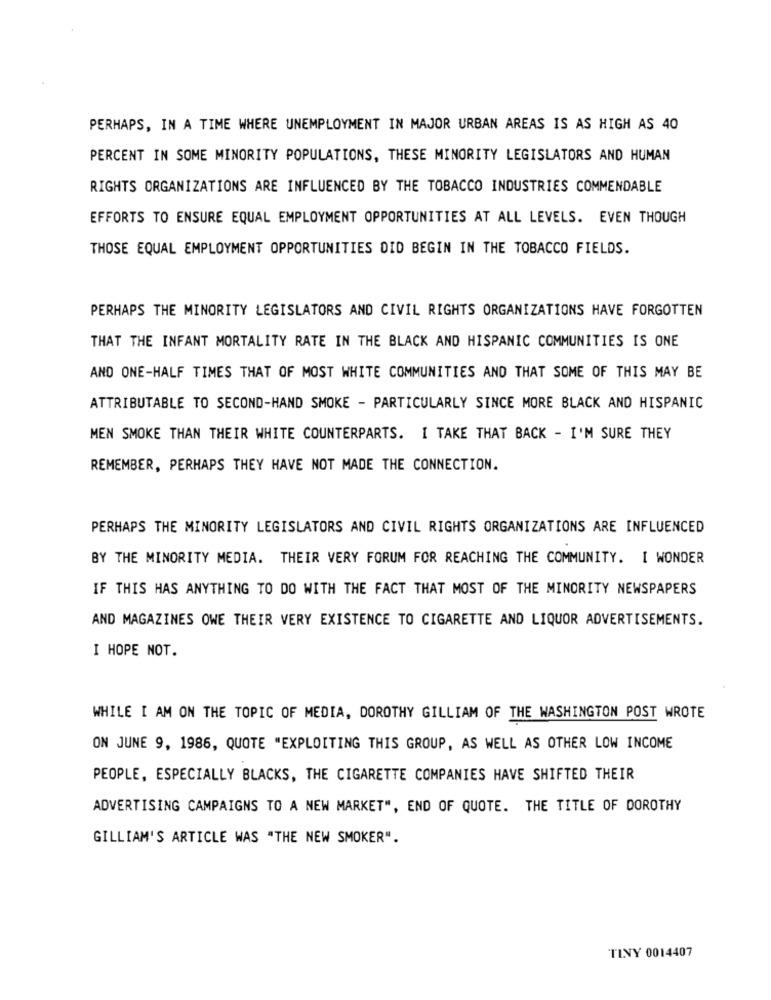
PERHAPS, IN A TIME WHERE UNEMPLOYMENT IN MAJOR URBAN AREAS IS AS HIGH AS 40
PERCENT IN SOME MINORITY POPULATIONS, THESE MINORITY LEGISLATORS AND HUMAN
RIGHTS ORGANIZATIONS ARE INFLUENCED BY THE TOBACCO INDUSTRIES COMMENDABLE
EFFORTS TO ENSURE EQUAL EMPLOYMENT OPPORTUNITIES AT ALL LEVELS. EVEN THOUGH
THOSE EQUAL EMPLOYMENT OPPORTUNITIES DID BEGIN IN THE TOBACCO FIELDS.
PERHAPS THE MINORITY LEGISLATORS AND CIVIL RIGHTS ORGANIZATIONS HAVE FORGOTTEN
THAT THE INFANT MORTALITY RATE IN THE BLACK AND HISPANIC COMMUNITIES IS ONE
AND ONE-HALF TIMES THAT OF MOST WHITE COMMUNITIES AND THAT SOME OF THIS MAY BE
ATTRIBUTABLE TO SECOND-HAND SMOKE - PARTICULARLY SINCE MORE BLACK AND HISPANIC
MEN SMOKE THAN THEIR WHITE COUNTERPARTS. I TAKE THAT BACK - I'M SURE THEY
REMEMBER, PERHAPS THEY HAVE NOT MADE THE CONNECTION.
PERHAPS THE MINORITY LEGISLATORS AND CIVIL RIGHTS ORGANIZATIONS ARE INFLUENCED
BY THE MINORITY MEDIA. THEIR VERY FORUM FOR REACHING THE COMMUNITY. I WONDER
IF THIS HAS ANYTHING TO DO WITH THE FACT THAT MOST OF THE MINORITY NEWSPAPERS
AND MAGAZINES OWE THEIR VERY EXISTENCE TO CIGARETTE AND LIQUOR ADVERTISEMENTS.
I HOPE NOT.
WHILE I AM ON THE TOPIC OF MEDIA, DOROTHY GILLIAM OF THE WASHINGTON POST WROTE
ON JUNE 9, 1986, QUOTE "EXPLOITING THIS GROUP, AS WELL AS OTHER LOW INCOME
PEOPLE, ESPECIALLY BLACKS, THE CIGARETTE COMPANIES HAVE SHIFTED THEIR
ADVERTISING CAMPAIGNS TO A NEW MARKET", END OF QUOTE. THE TITLE OF DOROTHY
GILLIAM'S ARTICLE WAS "THE NEW SMOKER".
TINY 0014407